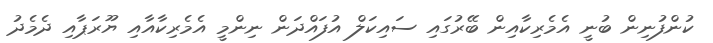
ކުންފުނިން ބުނީ އެމެރިކާއިން ބޭރުގައި ސައިކަލް އުފައްދަން ނިންމީ އެމެރިކާއާއި ޔޫރަޕާއި ދެމެދު